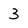
Character: 3